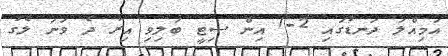
އަމިއްލަ ދަނޑުގައި 2-1 އިން ސިޓީ ބަލިވި އިރު ދެ ވަނަ ލެގު